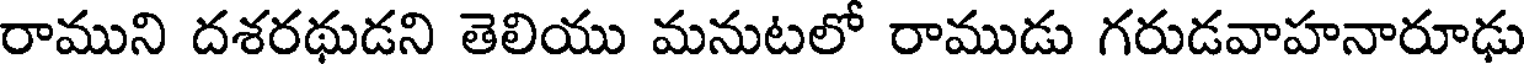
రాముని దశరథుడని తెలియు మనుటలో రాముడు గరుడవాహనారూఢు